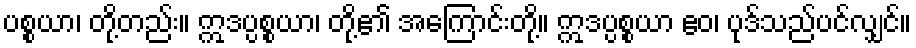
ပစ္စယာ၊ တို့တည်း။ ဣဒပ္ပစ္စယာ၊ တို့၏ အကြောင်းတို့။ ဣဒပ္ပစ္စယာ ဧဝ၊ ပုဒ်သည်ပင်လျှင်။